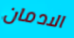
الادمان